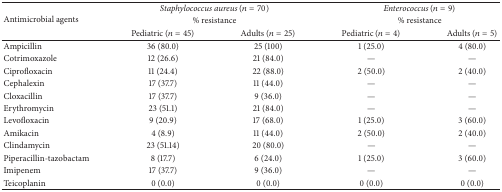
| <ROWSPAN=3> Antimicrobial agents | <COLSPAN=2> Staphylococcus aureus (n = 70) | <COLSPAN=2> Enterococcus (n = 9) |
 | <COLSPAN=2> % resistance | <COLSPAN=2> % resistance |
 | Pediatric (n = 45) | Adults (n = 25) | Pediatric (n = 4) | Adults (n = 5) |
 | --- | --- | --- | --- | --- |
 | Ampicillin | 36 (80.0) | 25 (100) | 1 (25.0) | 4 (80.0) |
 | Cotrimoxazole | 12 (26.6) | 21 (84.0) | — | — |
 | Ciprofloxacin | 11 (24.4) | 22 (88.0) | 2 (50.0) | 2 (40.0) |
 | Cephalexin | 17 (37.7) | 11 (44.0) | — | — |
 | Cloxacillin | 17 (37.7) | 9 (36.0) | — | — |
 | Erythromycin | 23 (51.1) | 21 (84.0) | — | — |
 | Levofloxacin | 9 (20.9) | 17 (68.0) | 1 (25.0) | 3 (60.0) |
 | Amikacin | 4 (8.9) | 11 (44.0) | 2 (50.0) | 2 (40.0) |
 | Clindamycin | 23 (51.14) | 20 (80.0) | — | — |
 | Piperacillin-tazobactam | 8 (17.7) | 6 (24.0) | 1 (25.0) | 3 (60.0) |
 | Imipenem | 17 (37.7) | 9 (36.0) | — | — |
 | Teicoplanin | 0 (0.0) | 0 (0.0) | 0 (0.0) | 0 (0.0) |